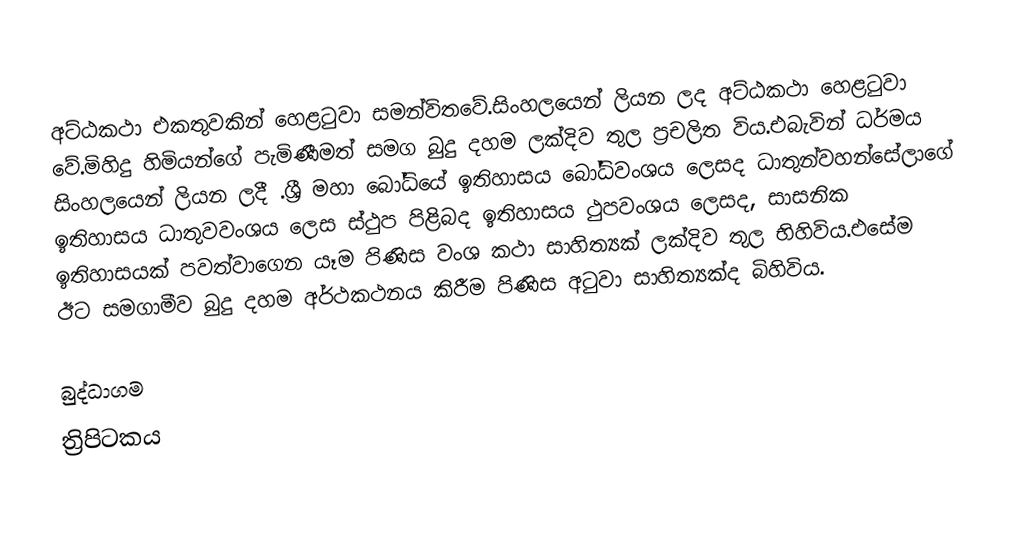
අට්ඨකථා එකතුවකින් හෙළටුවා සමන්විතවේ.සිංහලයෙන් ලියන ලද අට්ඨකථා හෙළටුවා වේ.මිහිදු හිමියන්ගේ පැමිණීමත් සමග බුදු දහම ලක්දිව තුල ප්‍රචලිත විය.එබැවින් ධර්මය  සිංහලයෙන් ලියන ලදී .ශ්‍රී මහා බෝධියේ ඉතිහාසය බෝධිවංශය ලෙසද ධාතුන්වහන්සේලාගේ ඉතිහාසය ධාතුවවංශය ලෙස ස්ථුප පිළිබද ඉතිහාසය ථුපවංශය ලෙසද, සාසනික ඉතිහාසයක් පවත්වාගෙන යෑම පිණිස වංශ කථා සාහිත්‍යක් ලක්දිව තුල භිහිවිය.එසේම ඊට සමගාමීව බුදු දහම අර්ථකථනය කිරීම පිණිස අටුවා සාහිත්‍යක්ද බිහිවිය.

බුද්ධාගම
ත්‍රිපිටකය